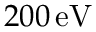
2 0 0 \, \mathrm { e V }